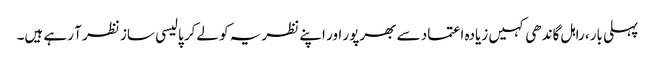
پہلی بار، راہل گاندھی کہیں زیادہ اعتماد سے بھرپور اور اپنے نظریہ کو لےکر پالیسی ساز نظر آ رہے ہیں۔